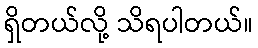
ရှိတယ်လို့ သိရပါတယ်။